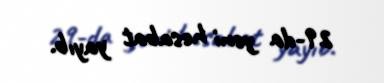
29-da yeni hesabat yayıb.